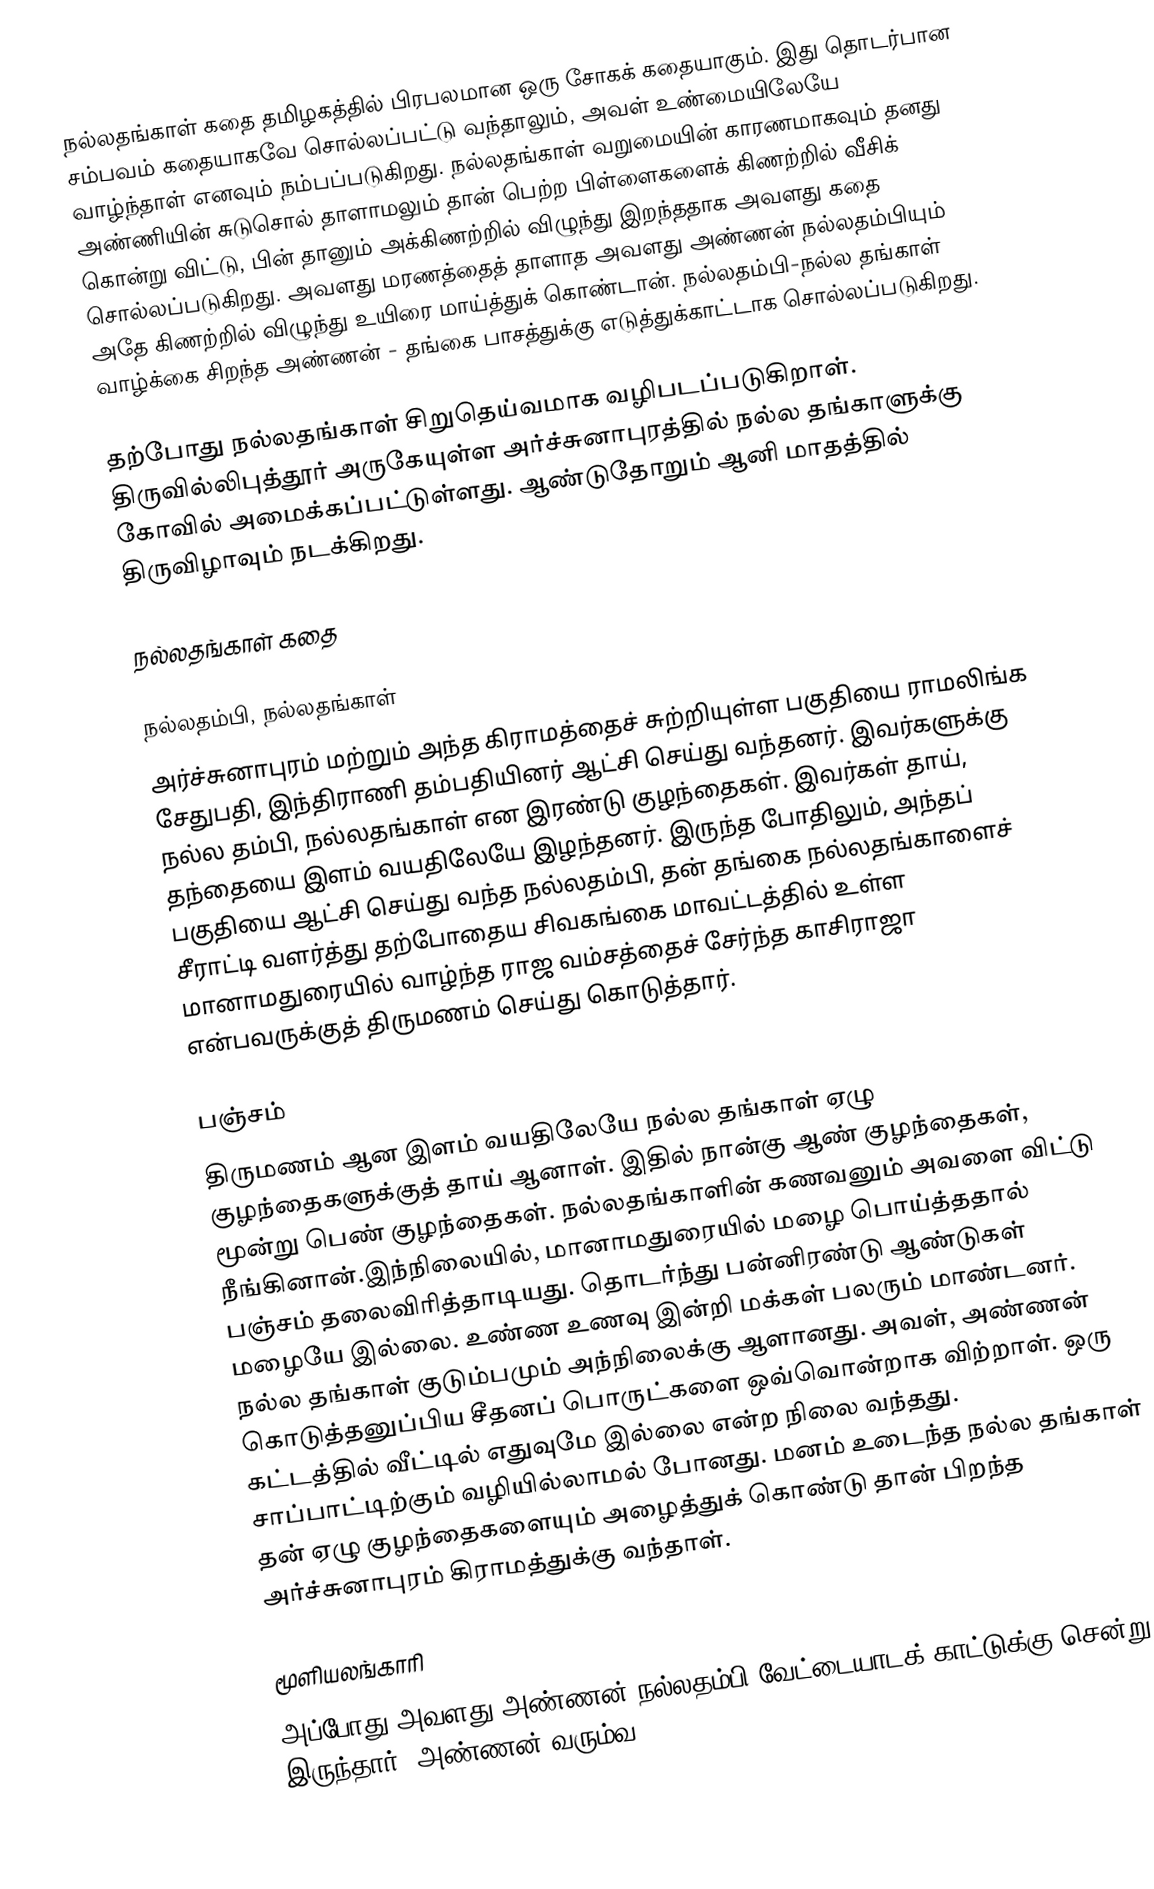
நல்லதங்காள் கதை தமிழகத்தில் பிரபலமான ஒரு சோகக் கதையாகும். இது தொடர்பான சம்பவம் கதையாகவே சொல்லப்பட்டு வந்தாலும், அவள் உண்மையிலேயே வாழ்ந்தாள் எனவும் நம்பப்படுகிறது. நல்லதங்காள் வறுமையின் காரணமாகவும் தனது அண்ணியின் சுடுசொல் தாளாமலும் தான் பெற்ற பிள்ளைகளைக் கிணற்றில் வீசிக் கொன்று விட்டு, பின் தானும் அக்கிணற்றில் விழுந்து இறந்ததாக அவளது கதை சொல்லப்படுகிறது. அவளது மரணத்தைத் தாளாத அவளது அண்ணன் நல்லதம்பியும் அதே கிணற்றில் விழுந்து உயிரை மாய்த்துக் கொண்டான். நல்லதம்பி-நல்ல தங்காள் வாழ்க்கை சிறந்த அண்ணன் - தங்கை பாசத்துக்கு எடுத்துக்காட்டாக சொல்லப்படுகிறது.

தற்போது நல்லதங்காள் சிறுதெய்வமாக வழிபடப்படுகிறாள். திருவில்லிபுத்தூர் அருகேயுள்ள அர்ச்சுனாபுரத்தில் நல்ல தங்காளுக்கு கோவில் அமைக்கப்பட்டுள்ளது. ஆண்டுதோறும் ஆனி மாதத்தில் திருவிழாவும் நடக்கிறது.

நல்லதங்காள் கதை

நல்லதம்பி, நல்லதங்காள்
அர்ச்சுனாபுரம் மற்றும் அந்த கிராமத்தைச் சுற்றியுள்ள பகுதியை ராமலிங்க சேதுபதி, இந்திராணி தம்பதியினர் ஆட்சி செய்து வந்தனர். இவர்களுக்கு நல்ல தம்பி, நல்லதங்காள் என இரண்டு குழந்தைகள். இவர்கள் தாய், தந்தையை இளம் வயதிலேயே இழந்தனர். இருந்த போதிலும், அந்தப் பகுதியை ஆட்சி செய்து வந்த நல்லதம்பி, தன் தங்கை நல்லதங்காளைச் சீராட்டி வளர்த்து தற்போதைய சிவகங்கை மாவட்டத்தில் உள்ள மானாமதுரையில் வாழ்ந்த ராஜ வம்சத்தைச் சேர்ந்த காசிராஜா என்பவருக்குத் திருமணம் செய்து கொடுத்தார்.

பஞ்சம்
திருமணம் ஆன இளம் வயதிலேயே நல்ல தங்காள் ஏழு குழந்தைகளுக்குத் தாய் ஆனாள். இதில் நான்கு ஆண் குழந்தைகள், மூன்று பெண் குழந்தைகள். நல்லதங்காளின் கணவனும் அவளை விட்டு நீங்கினான்.இந்நிலையில், மானாமதுரையில் மழை பொய்த்ததால் பஞ்சம் தலைவிரித்தாடியது. தொடர்ந்து பன்னிரண்டு ஆண்டுகள் மழையே இல்லை. உண்ண உணவு இன்றி மக்கள் பலரும் மாண்டனர். நல்ல தங்காள் குடும்பமும் அந்நிலைக்கு ஆளானது. அவள், அண்ணன் கொடுத்தனுப்பிய சீதனப் பொருட்களை ஒவ்வொன்றாக விற்றாள். ஒரு கட்டத்தில் வீட்டில் எதுவுமே இல்லை என்ற நிலை வந்தது. சாப்பாட்டிற்கும் வழியில்லாமல் போனது. மனம் உடைந்த நல்ல தங்காள் தன் ஏழு குழந்தைகளையும் அழைத்துக் கொண்டு தான் பிறந்த அர்ச்சுனாபுரம் கிராமத்துக்கு வந்தாள்.

மூளியலங்காரி
அப்போது அவளது அண்ணன் நல்லதம்பி வேட்டையாடக் காட்டுக்கு சென்று இருந்தார். அண்ணன் வரும்வ